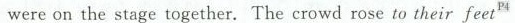
were on the stage together.The crowd rose to their feet^{p4}